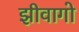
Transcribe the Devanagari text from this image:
झीवागो